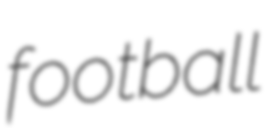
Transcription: football